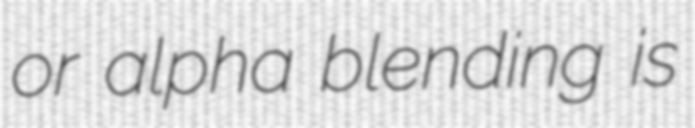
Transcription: or alpha blending is